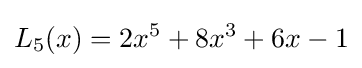
L_{5}(x)=2x^{5}+8x^{3}+6x-1